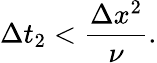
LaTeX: \Delta t_{2}<\frac{\Delta x^{2}}{\nu}.